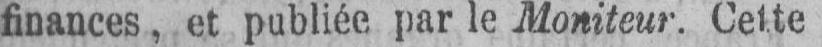
finances, et publiée par le Moniteur. Cette